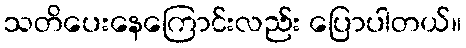
သတိပေးနေကြောင်းလည်း ပြောပါတယ်။